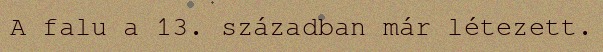
A falu a 13. században már létezett.